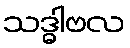
သဒ္ဓါဗလ